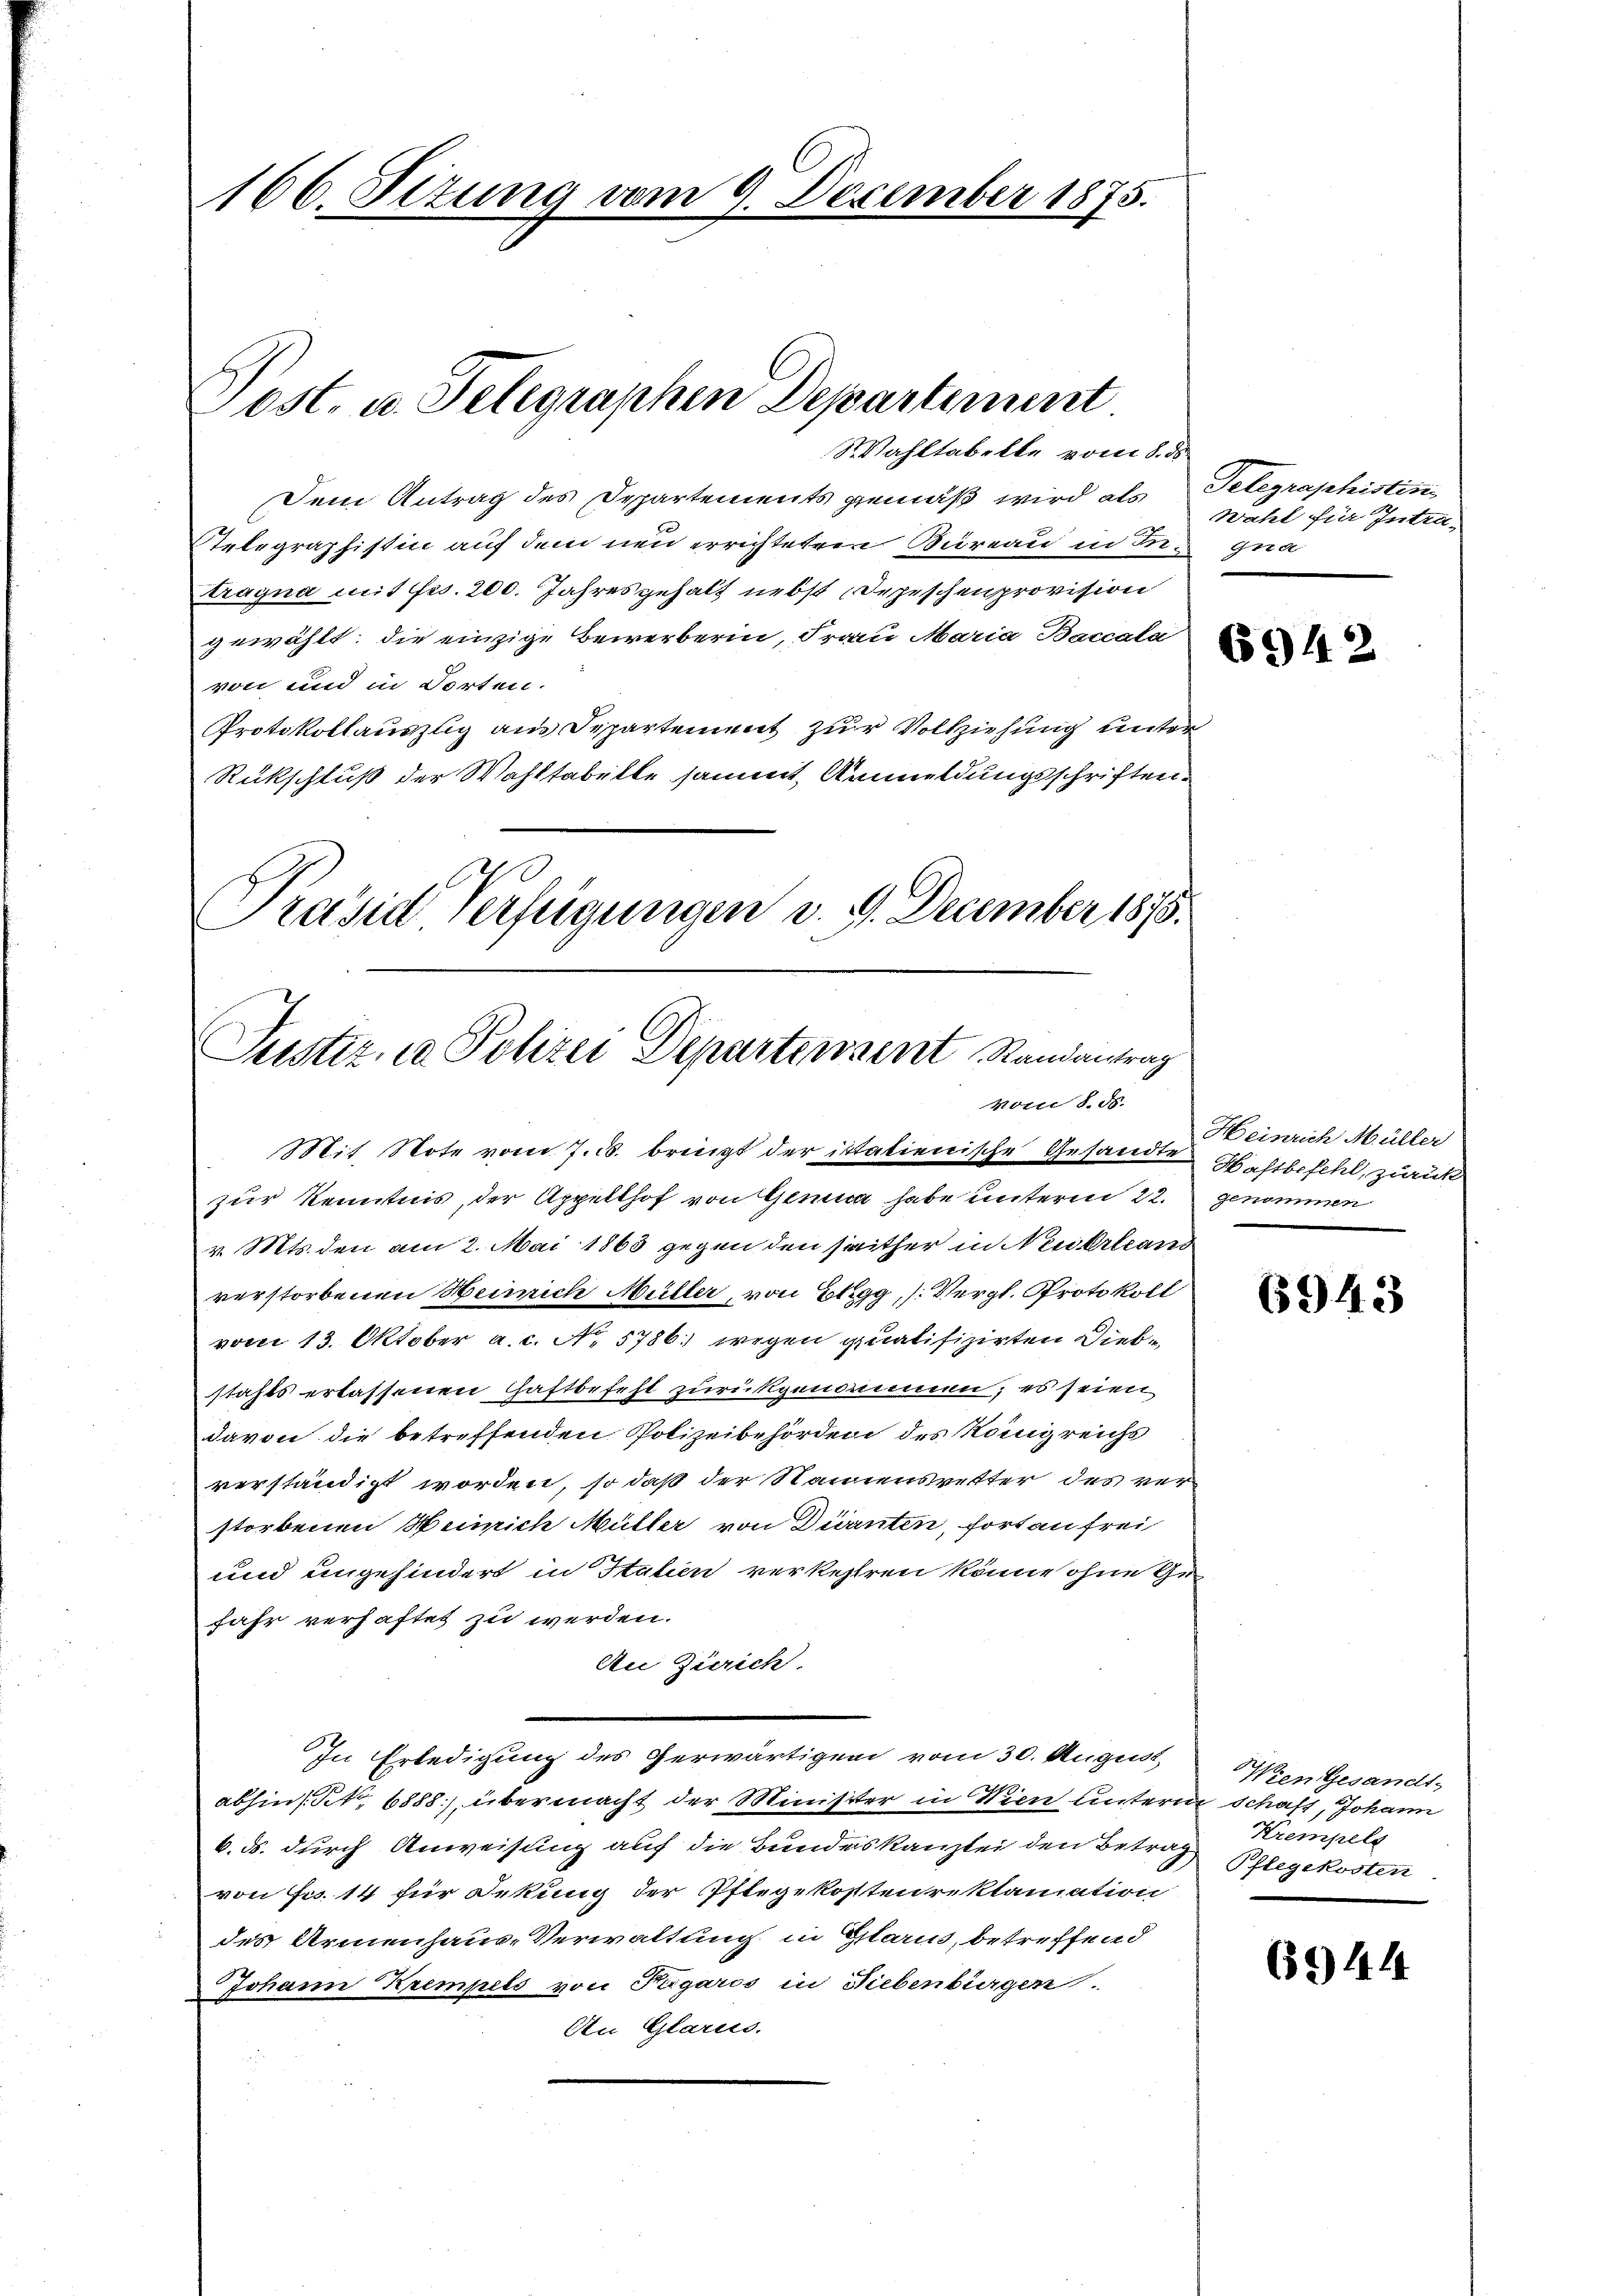
166. Sizung vom 9. December 1875.

ost. u. Telegraphen Departement

Wahltabelle vom 8. d.
Dem Antrag des Departements gemäß wird als Telegraphistin
Relegraphistin auf dem neu errichteter Büreau in In- gna
tragna mit Frs. 200. Jahresgehalt nebst Depeschenprovision
gewählt: die einzige Bewerberin, Frau Maria Baccala
von und in Vorten.
Protokollauszug aus Departement zur Vollziehung unter
Rükschluß der Wahltabelle sammt Anmeldungsschriften.
Präsid. Verfügungen v. 9. December 1875.

Justiz, in Polizei Departensent Randantrag
vom 8. ds.

Wahl für Intra-

Mit. Note vom 7. d. bringt der italienische Gesandte Westbefehl, zurück
zur Kenntnis, der Appellhof von Genua habe unterm 22. genommen
v. Mts. den am 2. Mai 1863 gegen den seither in Neuerland
verstorbenen Heimich Müller, von Elgg, (Vergl. Protokoll
vom 13. Oktober a. c. No. 5786 wegen qualifizirten Diebstahls erlassenen Haftbefehl zurückgenommen; es seien
davon die betreffenden Polizeibehörden des Königreichs
verständigt worden, so daß der Namenswetter des ver-
storbenen Heinrich Müller von Dürnten, fort an frei
und angehindert in Stahen verkehren könne ohne Ge-
fahr verhaftet zu werden.
An Zürich.
In Erledigung des Gerwärtigen vom 30. August
abhins. S. 6888), übermacht der Minister in Wien unterne schaft, Johann
6. ds. durch Anweisung auf die Bundeskanzlei den Betrag
von Frs. 14 für Sekung der Pflegekostenreklamation
des Armenhaus-Verwaltung in Glarus, betreffend
Johann Krempels von Figaros in Liebenbürgen.
An Glarus.

6942

Heinrich Müller

6943

Wien Gesandt-
Krempels
Pflegekosten

69) 44